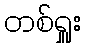
တစ်ရှူး